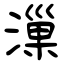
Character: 漅